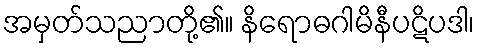
အမှတ်သညာတို့၏။ နိရောဓဂါမိနီပဋိပဒါ၊